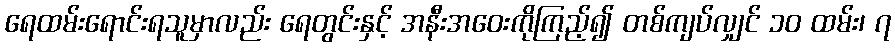
ရေထမ်းရောင်းရသူမှာလည်း ရေတွင်းနှင့် အနီးအဝေးကိုကြည့်၍ တစ်ကျပ်လျှင် ၁၀ ထမ်း၊ ၇